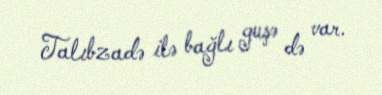
Talıbzadə ilə bağlı guşə də var.